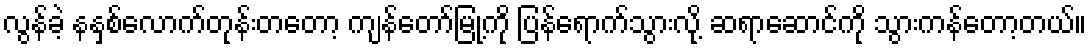
လွန်ခဲ့ နနှစ်လောက်တုန်းတတော့ ကျန်တော်မြု့ကို ပြန်ရောက်သွားလို့ ဆရာဆောင်ကို သွားကန်တော့တယ်။